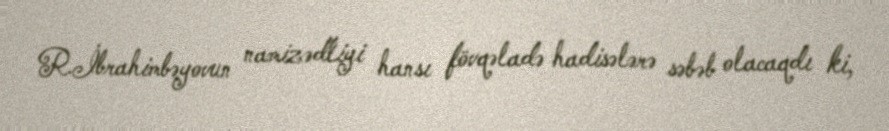
R.İbrahimbəyovun namizədliyi hansı fövqəladə hadisələrə səbəb olacaqdı ki,